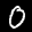
Label: 0